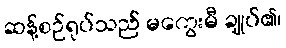
ဆန့်စဉ်ရုပ်သည် မကွေးမီ ချုပ်၏၊